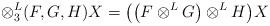
LaTeX: \begin{gather*}\otimes^L_{3}(F,G,H)X = \big(\big(F\otimes^LG\big)\otimes^LH\big)X\end{gather*}